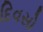
દિવસો